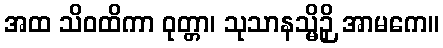
အထ သိဝထိကာ ဝုတ္တာ၊ သုသာနသ္မိဉှိ အာမကေ။